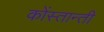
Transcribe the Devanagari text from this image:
कोंस्तान्ती